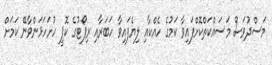
މަސްދުވަސް މަސައްކަތްކޮށްފައިވާ ކަމުގެ ހެއްކާއި ލިޔެފައިވާ ހަބަރާއި ރިޕޯޓުގެ ކޮޕީ ހުށަހަޅަންވާނޭ ކަމަށް